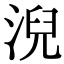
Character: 淣